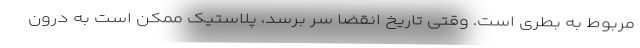
مربوط به بطری است. وقتی تاریخ انقضا سر برسد، پلاستیک ممکن است به درون